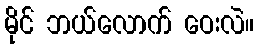
မိုင် ဘယ်လောက် ဝေးလဲ။